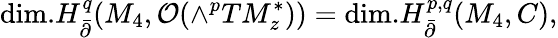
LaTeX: \mathrm{dim.}H_{\bar{\partial}}^{q}(M_{4},{\cal O}(\wedge^{p}TM_{z}^{\ast}))=\mathrm{dim.}H_{\bar{\partial}}^{p,q}(M_{4},C),